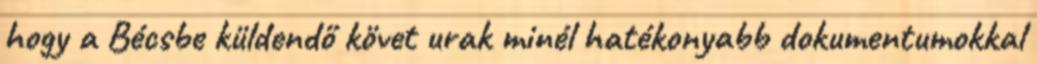
hogy a Bécsbe küldendő követ urak minél hatékonyabb dokumentumokkal